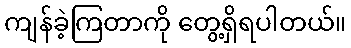
ကျန်ခဲ့ကြတာကို တွေ့ရှိရပါတယ်။